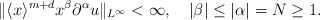
\begin{align*}\|\langle x\rangle^{m+d}x^\beta\partial^\alpha u\|_{L^\infty}<\infty,\quad|\beta|\leq |\alpha|=N\geq 1.\end{align*}